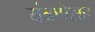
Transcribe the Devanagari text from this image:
यंत्रणेसह